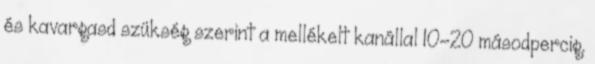
és kavargasd szükség szerint a mellékelt kanállal 10-20 másodpercig.